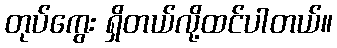
တုပ်ကွေး ရှိတယ်လို့ထင်ပါတယ်။